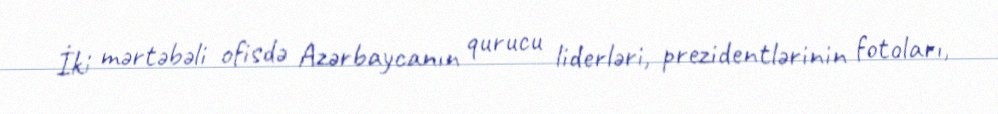
İki mərtəbəli ofisdə Azərbaycanın qurucu liderləri, prezidentlərinin fotoları,